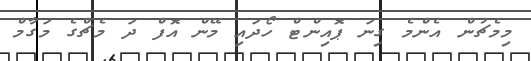
މިމެޗުން އެންމެ ގިނަ ޕޮއިންޓް ހޯދައި މޭން އޮފް ދަ މެޗްގެ މަގާމް